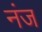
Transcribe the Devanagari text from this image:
नंज